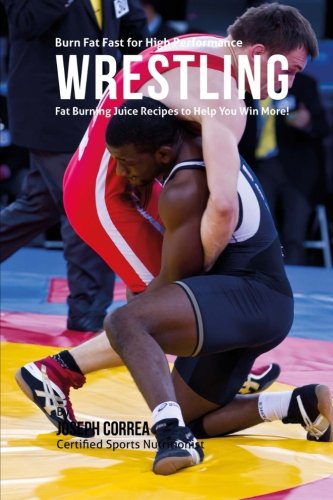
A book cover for Burn Fat Fast for High Performance Wrestling: Fat Burning Juice Recipes to Help You Win More!; Joseph Correa (Certified Sports Nutritionist); Sports & Outdoors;